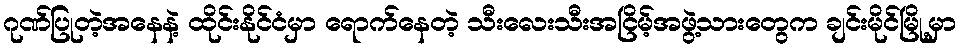
ဂုဏ်ပြုတဲ့အနေနဲ့ ထိုင်းနိုင်ငံမှာ ရောက်နေတဲ့ သီးလေးသီးအငြိမ့်အဖွဲ့သားတွေက ချင်းမိုင်မြို့မှာ